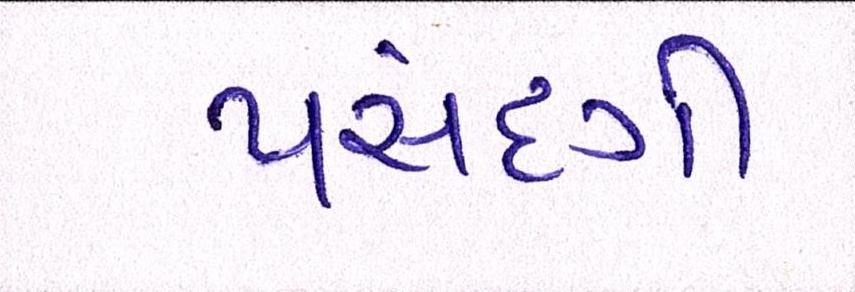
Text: પસંદગી